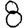
Digit: 8